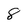
Character: 8